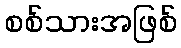
စစ်သားအဖြစ်